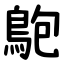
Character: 䳈